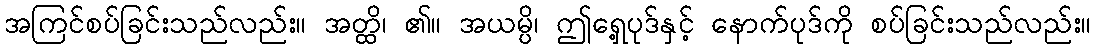
အကြင်စပ်ခြင်းသည်လည်း။ အတ္ထိ၊ ၏။ အယမ္ပိ၊ ဤရှေ့ပုဒ်နှင့် နောက်ပုဒ်ကို စပ်ခြင်းသည်လည်း။